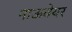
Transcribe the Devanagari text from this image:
नाऊवेयर